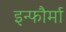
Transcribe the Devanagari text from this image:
इन्फौर्मा